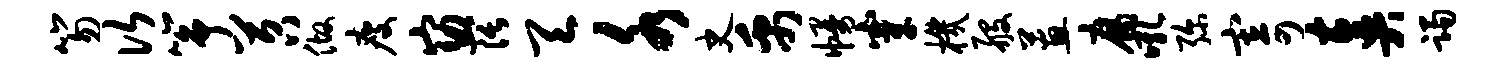
笏次筝苕做瘦窈阔天水史禹幔穿机般蕙腐吼弥寄奏躅